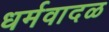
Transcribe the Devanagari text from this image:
धर्मवादळ